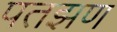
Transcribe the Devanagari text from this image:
पतझण